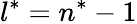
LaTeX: l^{*}=n^{*}-1